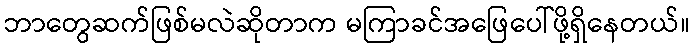
ဘာတွေဆက်ဖြစ်မလဲဆိုတာက မကြာခင်အဖြေပေါ်ဖို့ရှိနေတယ်။